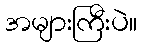
အများကြီးပဲ။